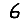
Digit: 6